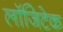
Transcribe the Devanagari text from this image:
लॉजिटेक